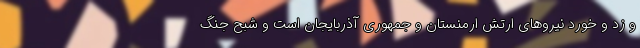
و زد و خورد نیروهای ارتش ارمنستان و جمهوری آذربایجان است و شبح جنگ